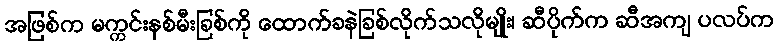
အဖြစ်က မက္ကင်းနစ်မီးခြစ်ကို ထောက်ခနဲခြစ်လိုက်သလိုမျိုး၊ ဆီပိုက်က ဆီအကျ ပလပ်က